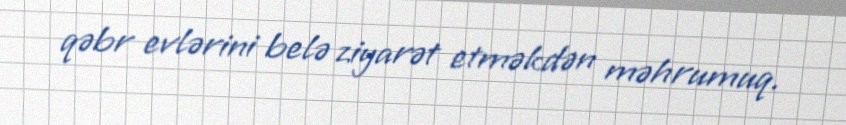
qəbr evlərini belə ziyarət etməkdən məhrumuq.